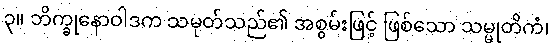
၃။ ဘိက္ခုနောဝါဒက သမုတ်သည်၏ အစွမ်းဖြင့် ဖြစ်သော သမ္မုတိကံ၊